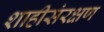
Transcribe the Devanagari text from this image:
शाहीसंरक्षण